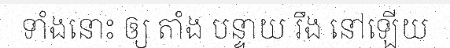
ទាំងនោះ ឲ្យ តាំង បន្ទាយ រឹង នៅឡើយ